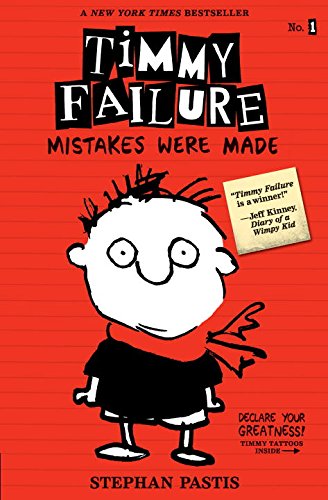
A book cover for Timmy Failure: Mistakes Were Made; Stephan Pastis; Children's Books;